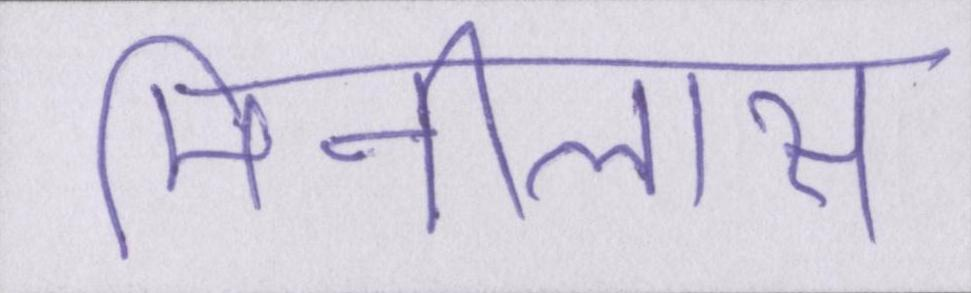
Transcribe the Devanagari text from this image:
मिनीलास